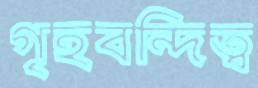
গৃহবন্দিত্ব